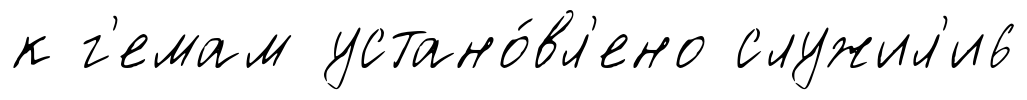
к г'емам устано́вл'ено служил'и6